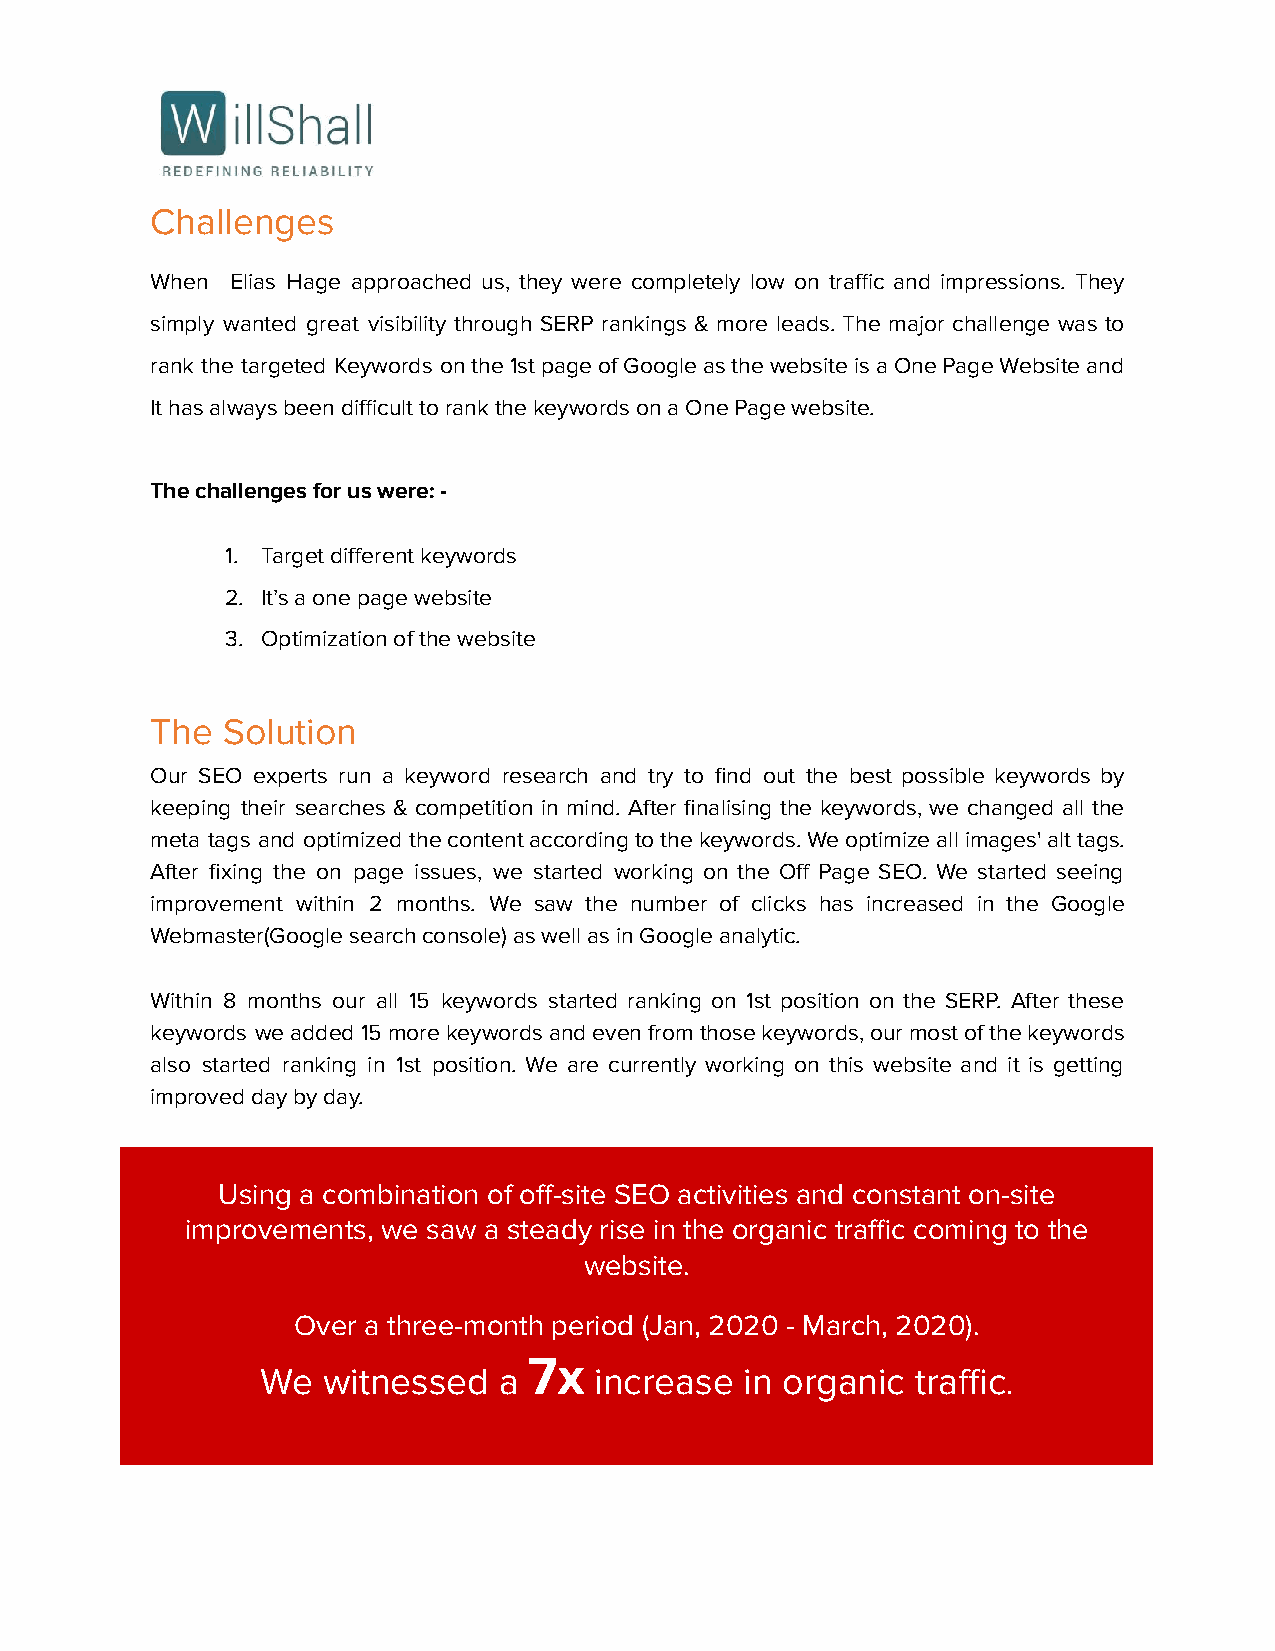
Challenges
 When Elias Hage approached us, they were completely low on traffic and impressions. They
 simply wanted great visibility through SERP rankings & more leads. The major challenge was to
 rank the targeted Keywords onthe1stpageofGoogleasthewebsiteisaOnePageWebsiteand
 It has always been difficult to rank the keywordson a One Page website.
 The challenges for us were: -
 1. Target different keywords
 2. It’s a one page website
 3. Optimization of the website
 The  Solution
 Our SEO experts run a keyword research and try to find out the best possible keywords by
 keeping their searches & competition in mind. After finalising the keywords, we changed all the
 meta tags and optimized thecontentaccordingtothekeywords.Weoptimizeallimages'alttags.
 After fixing the on page issues, we started working on the Off Page SEO. We started seeing
 improvement within 2 months. We saw the number of clicks has increased in the Google
 Webmaster(Google search console) as well as in Googleanalytic.
 Within 8 months our all 15 keywords started ranking on 1st position on the SERP. After these
 keywords weadded15morekeywordsandevenfromthosekeywords,ourmostofthekeywords
 also started ranking in 1st position. We are currently working on this website and it is getting
 improved day by day.
 Using a combination of off-site SEO activities and constant on-site
 improvements, we saw a steady rise in the organic traffic coming to the
 website.
 Over a three-month period (Jan, 2020 - March, 2020).
 7x
 We  witnessed   a     increase  in organic  traffic.